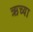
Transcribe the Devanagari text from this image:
ऋच्या